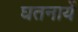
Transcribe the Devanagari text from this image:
घतनायें